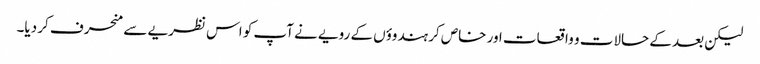
لیکن بعد کے حالات و واقعات اور خاص کر ہندوؤں کے رویے نے آپ کو اس نظریے سے منحرف کر دیا۔